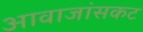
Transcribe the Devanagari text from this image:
आवाजांसकट